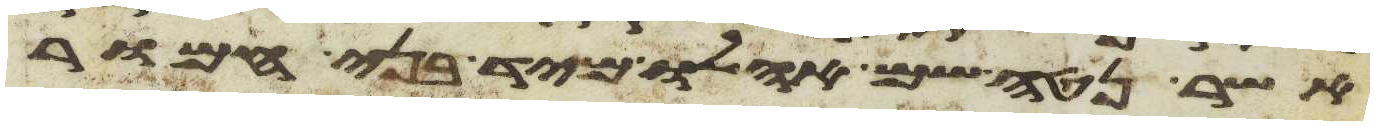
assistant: אשר נטה שם אהלו מיד בני חמור